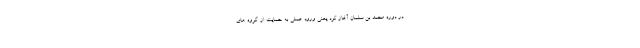
در دوره محمد بن سلمان آغاز کرد یعنی ورود عملی به حمایت از گروه های